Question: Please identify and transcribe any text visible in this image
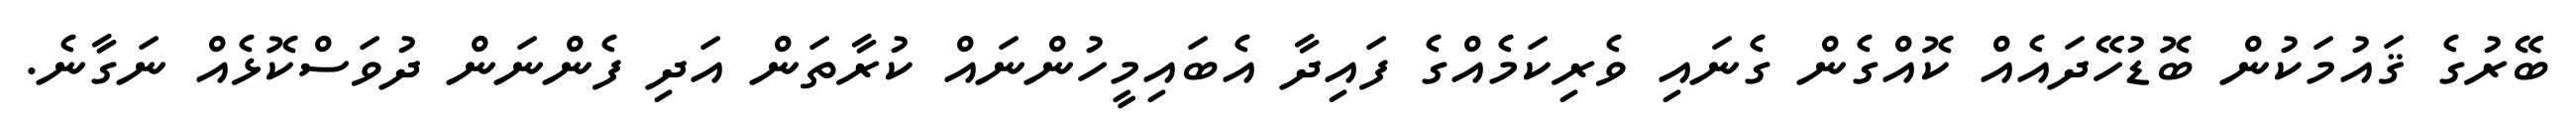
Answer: ބޭރުގެ ޤައުމަކުން ބޮޑުހޭދައެއް ކޮއްގެން ގެނައި ވެރިކަމެއްގެ ފައިދާ އެބައިމީހުންނައް ކުރާތަން އަދި ފެންނަން ދުވަސްކޮޅެއް ނަގާނެ.